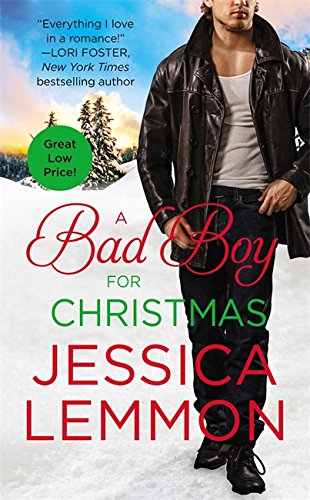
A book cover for A Bad Boy for Christmas (Second Chance); Jessica Lemmon; Romance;